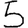
Digit: 5